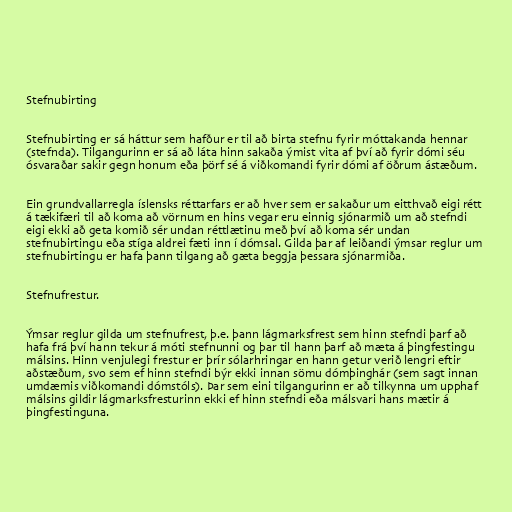
Stefnubirting

Stefnubirting er sá háttur sem hafður er til að birta stefnu fyrir móttakanda hennar
(stefnda). Tilgangurinn er sá að láta hinn sakaða ýmist vita af því að fyrir dómi séu
ósvaraðar sakir gegn honum eða þörf sé á viðkomandi fyrir dómi af öðrum ástæðum.

Ein grundvallarregla íslensks réttarfars er að hver sem er sakaður um eitthvað eigi rétt
á tækifæri til að koma að vörnum en hins vegar eru einnig sjónarmið um að stefndi
eigi ekki að geta komið sér undan réttlætinu með því að koma sér undan
stefnubirtingu eða stíga aldrei fæti inn í dómsal. Gilda þar af leiðandi ýmsar reglur um
stefnubirtingu er hafa þann tilgang að gæta beggja þessara sjónarmiða.

Stefnufrestur.

Ýmsar reglur gilda um stefnufrest, þ.e. þann lágmarksfrest sem hinn stefndi þarf að
hafa frá því hann tekur á móti stefnunni og þar til hann þarf að mæta á þingfestingu
málsins. Hinn venjulegi frestur er þrír sólarhringar en hann getur verið lengri eftir
aðstæðum, svo sem ef hinn stefndi býr ekki innan sömu dómþinghár (sem sagt innan
umdæmis viðkomandi dómstóls). Þar sem eini tilgangurinn er að tilkynna um upphaf
málsins gildir lágmarksfresturinn ekki ef hinn stefndi eða málsvari hans mætir á
þingfestinguna.